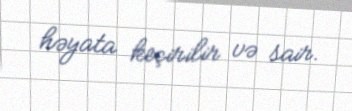
həyata keçirilir və sair.